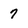
Character: 7